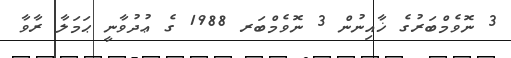
3 ނޮވެމްބަރުގެ ޚާއިނުން 3 ނޮވެމްބަރ 1988 ގެ ޢުދުވާނީ ޙަމަލާ ރާވާ